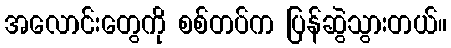
အလောင်းတွေကို စစ်တပ်က ပြန်ဆွဲသွားတယ်။